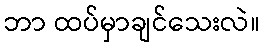
ဘာ ထပ်မှာချင်သေးလဲ။